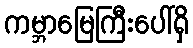
ကမ္ဘာမြေကြီးပေါ်ရှိ